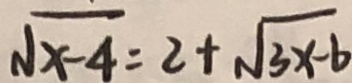
\sqrt { x - 4 } = 2 + \sqrt { 3 x - b }